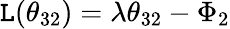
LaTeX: {\cal\mathtt{L}}(\theta_{32})=\lambda\theta_{32}-\Phi_{2}